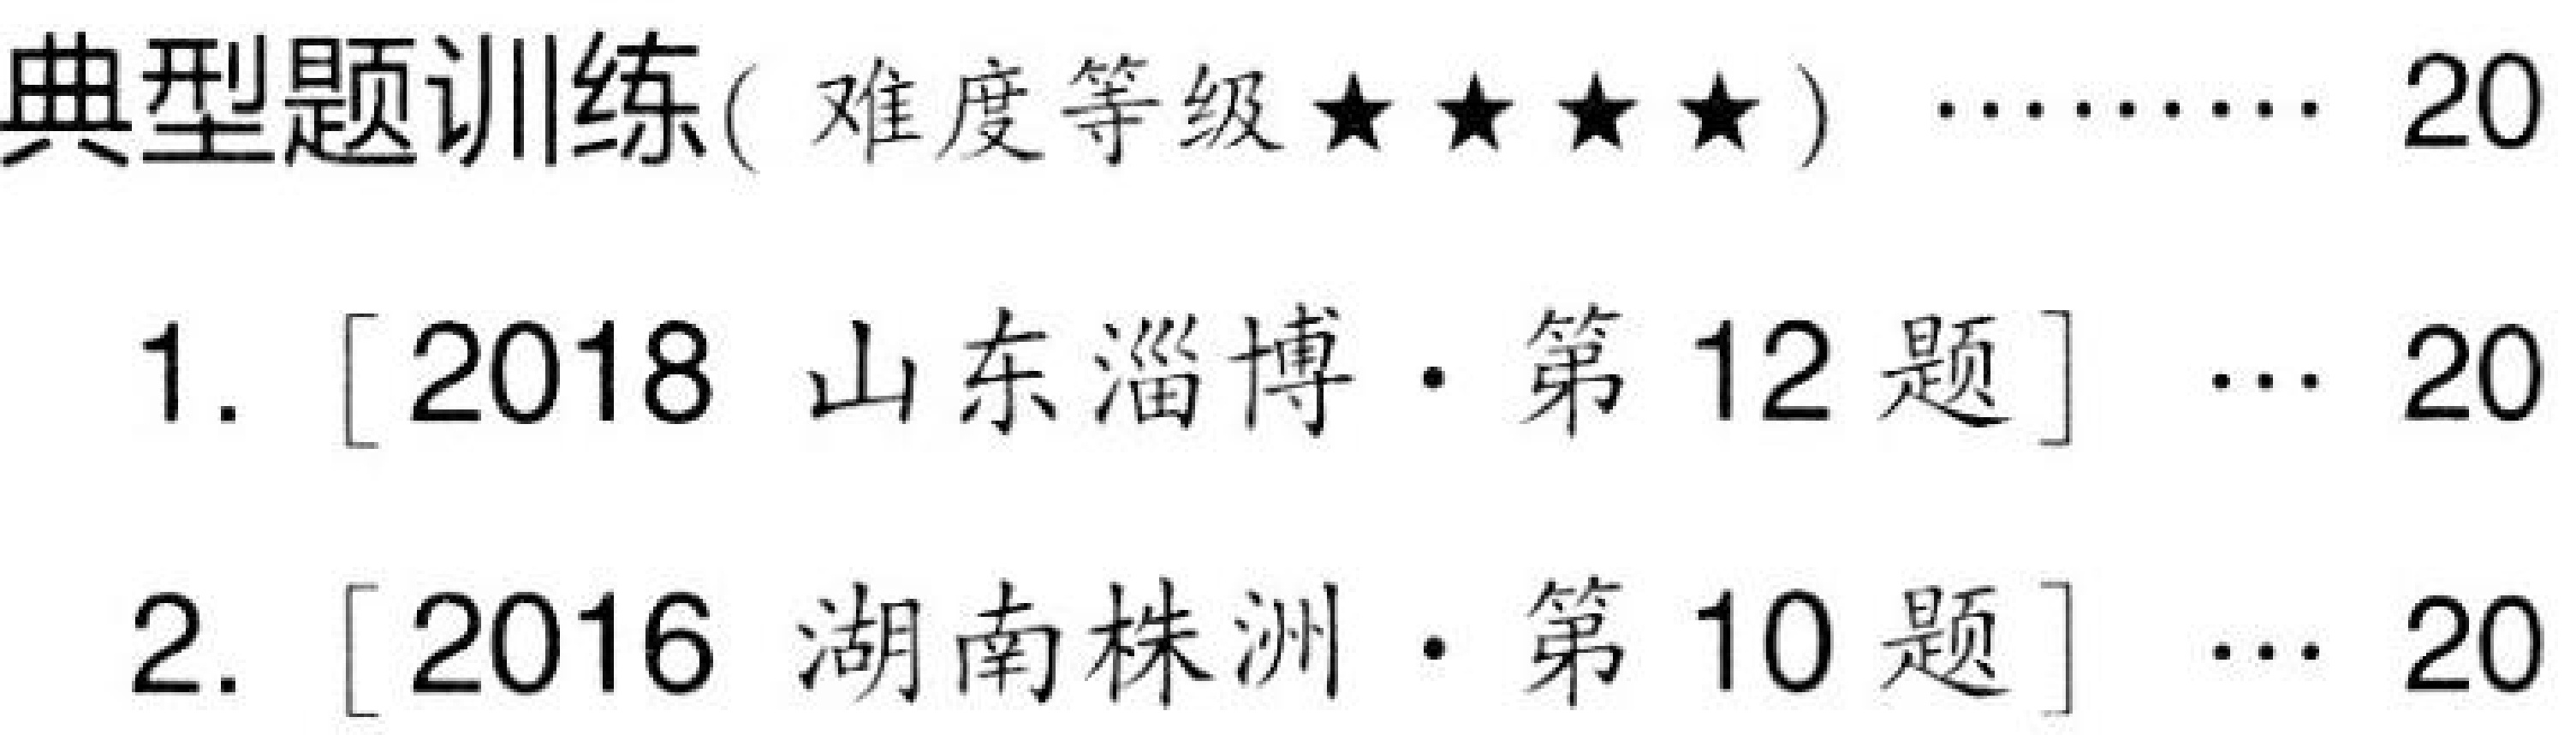
典型题训练( 难度等级 \(\star\star\star\star\) ) \(\cdots\cdots\cdots\) \(20\)
1. \([2018\) 山东淄博 \(\cdot\) 第 \(12\) 题\(]\) \(\cdots\) \(20\)
2. \([2016\) 湖南株洲 \(\cdot\) 第 \(10\) 题\(]\) \(\cdots\) \(20\)